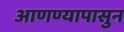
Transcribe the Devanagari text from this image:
आणण्यापासुन